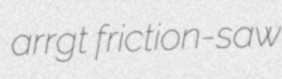
arrgt friction-saw